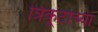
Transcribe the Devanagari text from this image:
त्रिकूटाच्या